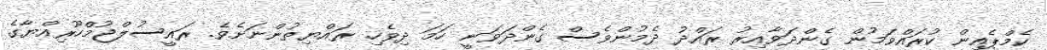
ކެމްޕެއިން ކުރައްވަމުން ގެންދަވާއިރު ރައްދު ދެމުންވެސް ގެންދަވަނީ ހަމަ ދިވެހި ރައްޔިތުންނަށެވެ. ރައީސުލްޖުމްހޫރިއްޔާގެ